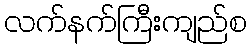
လက်နက်ကြီးကျည်စ